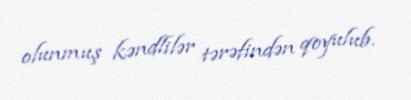
olunmuş kəndlilər tərəfindən qoyulub.